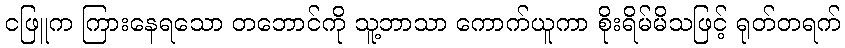
ငဖြူက ကြားနေရသော တဘောင်ကို သူ့ဘာသာ ကောက်ယူကာ စိုးရိမ်မိသဖြင့် ရုတ်တရက်